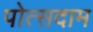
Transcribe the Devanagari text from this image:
पोत्सदाम